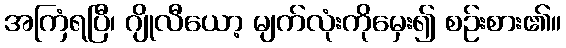
အကြံရပြီ၊ ဂျိုလီယော့ မျက်လုံးကိုမှေး၍ စဉ်းစား၏။